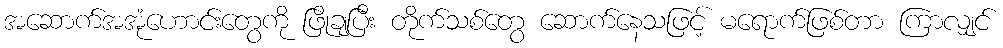
အဆောက်အအုံဟောင်းတွေကို ဖြိုချပြီး တိုက်သစ်တွေ ဆောက်နေသဖြင့် မရောက်ဖြစ်တာ ကြာလျှင်